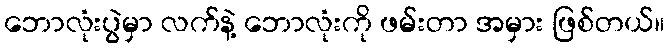
ဘောလုံးပွဲမှာ လက်နဲ့ ဘောလုံးကို ဖမ်းတာ အမှား ဖြစ်တယ်။